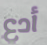
أدع